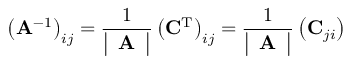
\left( \mathbf { A } ^ { - 1 } \right) _ { i j } = { \frac { 1 } { \left| \begin{array} { l } { \mathbf { A } } \end{array} \right| } } \left( \mathbf { C } ^ { \mathrm { T } } \right) _ { i j } = { \frac { 1 } { \left| \begin{array} { l } { \mathbf { A } } \end{array} \right| } } \left( \mathbf { C } _ { j i } \right)